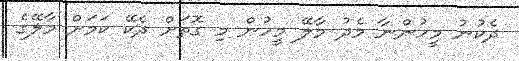
ދެކުނު މީހުންނާ މެދު މާލޭ މީހުން މި ގޮތަށް ދެކޭ ކަމަށް މާލޭގެ